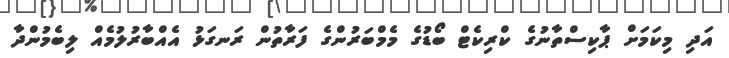
އަދި މިކަމަށް ޕާކިސްތާނުގެ ކްރިކެޓް ބޯޑުގެ މެމްބަރުންގެ ފަރާތުން ރަނގަޅު އެއްބާރުލުމެއް ލިބެމުންދާ